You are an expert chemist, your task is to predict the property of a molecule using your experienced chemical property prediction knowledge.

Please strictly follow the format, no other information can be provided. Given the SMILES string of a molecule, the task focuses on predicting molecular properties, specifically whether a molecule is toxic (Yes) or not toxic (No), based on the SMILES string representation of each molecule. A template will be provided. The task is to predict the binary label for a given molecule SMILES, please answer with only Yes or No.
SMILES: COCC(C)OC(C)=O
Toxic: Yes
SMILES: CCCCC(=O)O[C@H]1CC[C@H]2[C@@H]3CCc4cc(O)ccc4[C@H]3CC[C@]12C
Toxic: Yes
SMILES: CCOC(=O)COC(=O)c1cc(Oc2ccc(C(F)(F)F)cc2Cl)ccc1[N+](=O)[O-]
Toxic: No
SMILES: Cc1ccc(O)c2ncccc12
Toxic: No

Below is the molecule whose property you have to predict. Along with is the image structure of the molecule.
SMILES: O=C(C=Cc1ccc(O)c(O)c1)O[C@@H]1C[C@@](OC(=O)C=Cc2ccc(O)c(O)c2)(C(=O)O)C[C@@H](O)[C@@H]1O
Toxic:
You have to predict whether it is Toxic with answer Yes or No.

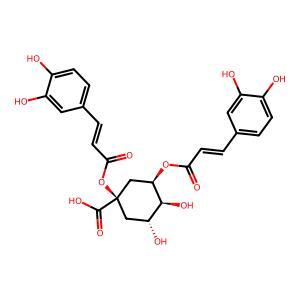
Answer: No